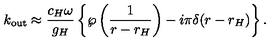
k _ { \mathrm { o u t } } \approx { \frac { c _ { H } \omega } { g _ { H } } } \left\{ \wp \left( { \frac { 1 } { r - r _ { H } } } \right) - i \pi \delta ( r - r _ { H } ) \right\} .